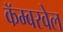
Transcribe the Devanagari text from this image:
कॅम्बरवेल